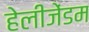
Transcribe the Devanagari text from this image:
हेलीजेंडम